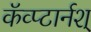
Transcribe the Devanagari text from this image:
कॅव्प्टार्नश्